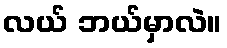
လယ် ဘယ်မှာလဲ။